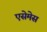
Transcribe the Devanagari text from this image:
एसेमेस